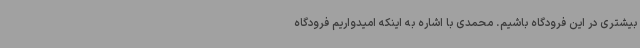
بیشتری در این فرودگاه باشیم. محمدی با اشاره به اینکه امیدواریم فرودگاه